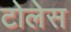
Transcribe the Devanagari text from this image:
टोलेस